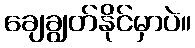
ချေချွတ်နိုင်မှာပဲ။